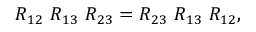
R _ { 1 2 } \ R _ { 1 3 } \ R _ { 2 3 } = R _ { 2 3 } \ R _ { 1 3 } \ R _ { 1 2 } ,